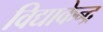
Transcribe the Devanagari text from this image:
विद्याकेन्द्र